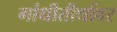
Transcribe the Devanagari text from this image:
गांधीतीर्थावर